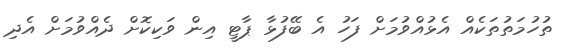
ތުހުމަތުތަކެއް އެޅުއްވުމަށް ފަހު އެ ބޭފުޅާ ޕާޓީ އިން ވަކިކޮށް ދެއްވުމަށް އެދި